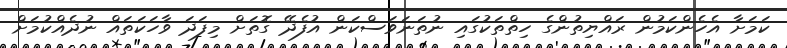
ކަމަށާ އެހެންކަމުން ރައްޔިތުންގެ ހިތްތަކުގައި ނުތަނަވަސްކަން އުފެދޭ ގޮތަށް މިފަދަ ވާހަކަތައް ނުދެއްކުމަށް